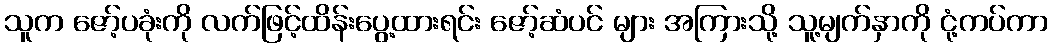
သူက ဇော့်ပခုံးကို လက်ဖြင့်ထိန်းပွေ့ထားရင်း ဇော့်ဆံပင် များ အကြားသို့ သူ့မျက်နှာကို ငုံ့ကပ်ကာ